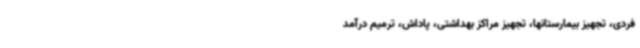
فردی، تجهیز بیمارستانها، تجهیز مراکز بهداشتی، پاداش، ترمیم درآمد